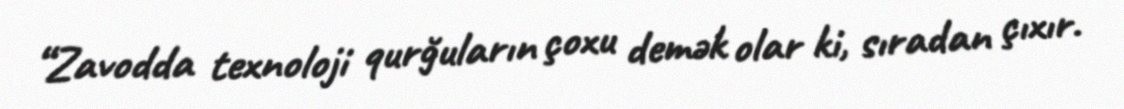
“Zavodda texnoloji qurğuların çoxu demək olar ki, sıradan çıxır.